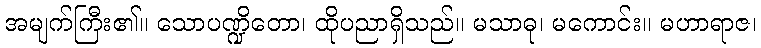
အမျက်ကြီး၏။ သောပဏ္ဍိတော၊ ထိုပညာရှိသည်။ မသာဓု၊ မကောင်း။ မဟာရာဇ၊